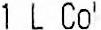
1 L COKE